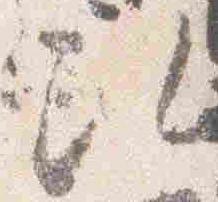
次